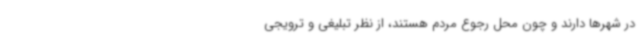
در شهرها دارند و چون محل رجوع مردم هستند، از نظر تبلیغی و ترویجی